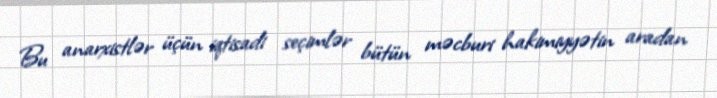
Bu anarxistlər üçün iqtisadi seçimlər bütün məcburi hakimiyyətin aradan